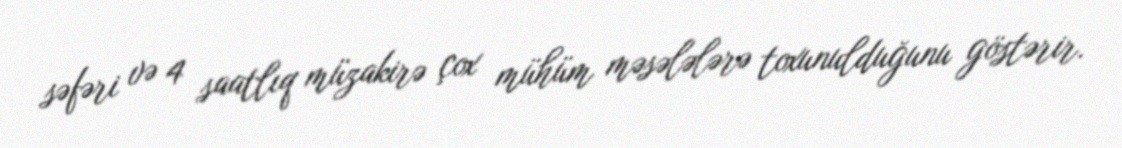
səfəri və 4 saatlıq müzakirə çox mühüm məsələlərə toxunulduğunu göstərir.